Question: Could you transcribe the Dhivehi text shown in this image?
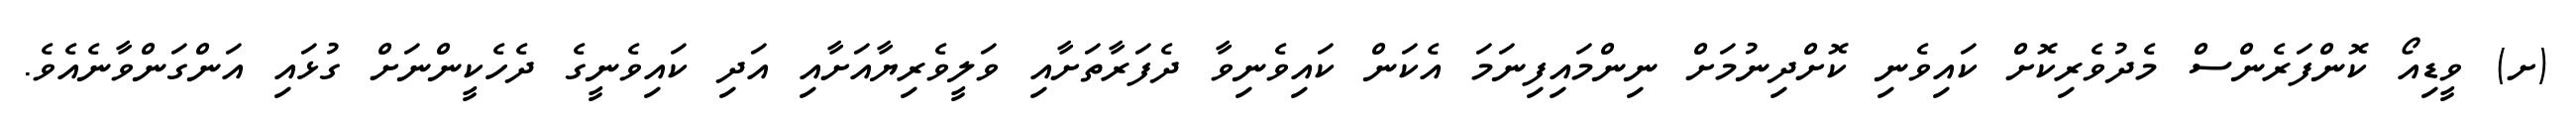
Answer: (ށ) ވީޑިއޯ ކޮންފަރެންސް މެދުވެރިކޮށް ކައިވެނި ކޮށްދިނުމަށް ނިންމައިފިނަމަ އެކަން ކައިވެނިވާ ދެފަރާތަށާއި ވަލީވެރިޔާއަށާއި އަދި ކައިވެނީގެ ދެހެކީންނަށް ގުޅައި އަންގަންވާނެއެވެ.